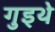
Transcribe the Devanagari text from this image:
गुइथे